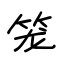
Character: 笼